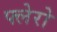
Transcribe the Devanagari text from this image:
फ्लेरो